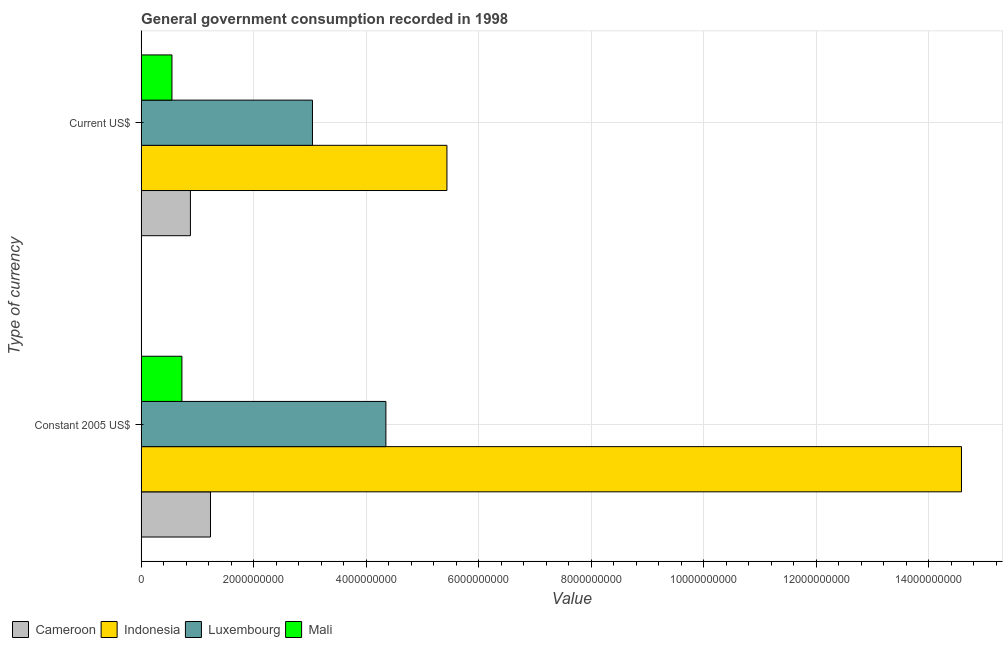
| Type of currency | Cameroon | Indonesia | Luxembourg | Mali |
 | --- | --- | --- | --- | --- |
 | Constant 2005 US$ | 1.23e+09 | 1.46e+10 | 4.35e+09 | 7.25e+08 |
 | Current US$ | 8.76e+08 | 5.43e+09 | 3.04e+09 | 5.47e+08 |